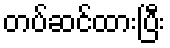
တပ်ဆင်ထားပြီး